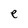
Character: e